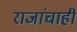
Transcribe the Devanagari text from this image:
राजांचाही